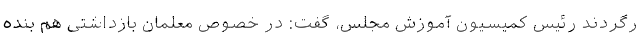
رگردند رئیس کمیسیون آموزش مجلس، گفت: در خصوص معلمان بازداشتی هم بنده